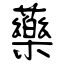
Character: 藥